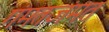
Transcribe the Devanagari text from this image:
गंमतजंमत